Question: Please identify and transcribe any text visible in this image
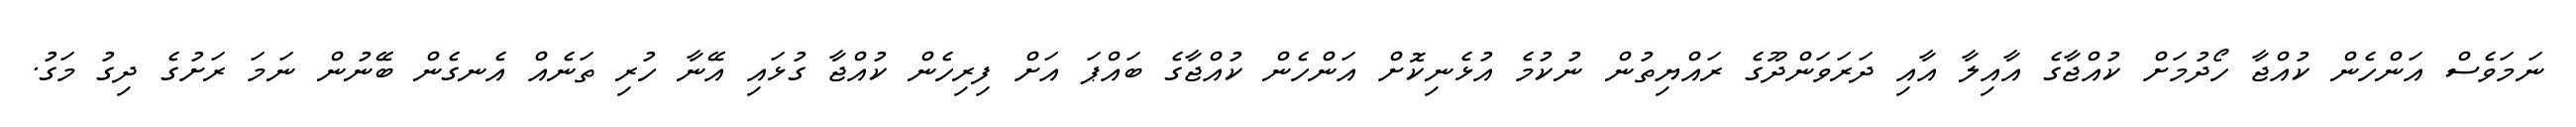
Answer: ނަމަވެސް އަންހެން ކުއްޖާ ހޯދުމަށް ކުއްޖާގެ އާއިލާ އާއި ދަރަވަންދޫގެ ރައްޔިތުން ނުކުމެ އުޅެނިކޮށް އަންހެން ކުއްޖާގެ ބައްޕަ އަށް ފިރިހެން ކުއްޖާ ގުޅައި އޭނާ ހުރި ތަނެއް އެނގެން ބޭނުން ނަމަ ރަށުގެ ދިގު މަގު.